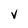
Character: V